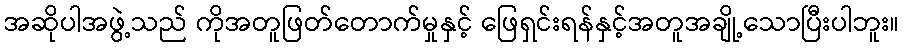
အဆိုပါအဖွဲ့သည် ကိုအတူဖြတ်တောက်မှုနှင့် ဖြေရှင်းရန်နှင့်အတူအချို့သောပြီးပါဘူး။